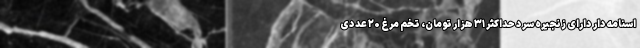
اسنامه دار دارای زنجیره سرد حداکثر ۳۱ هزار تومان، تخم مرغ ۲۰ عددی